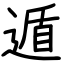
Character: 遁